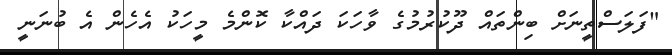
"ފަލަސްތީނަށް ބިންތައް ދޫކުރުމުގެ ވާހަކަ ދައްކާ ކޮންމެ މީހަކު އެހެން އެ ބުނަނީ